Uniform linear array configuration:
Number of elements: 12
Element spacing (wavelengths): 0.75
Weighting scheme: hamming
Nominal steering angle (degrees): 30
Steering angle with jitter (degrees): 29.926
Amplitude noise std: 0.05
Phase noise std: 0.05

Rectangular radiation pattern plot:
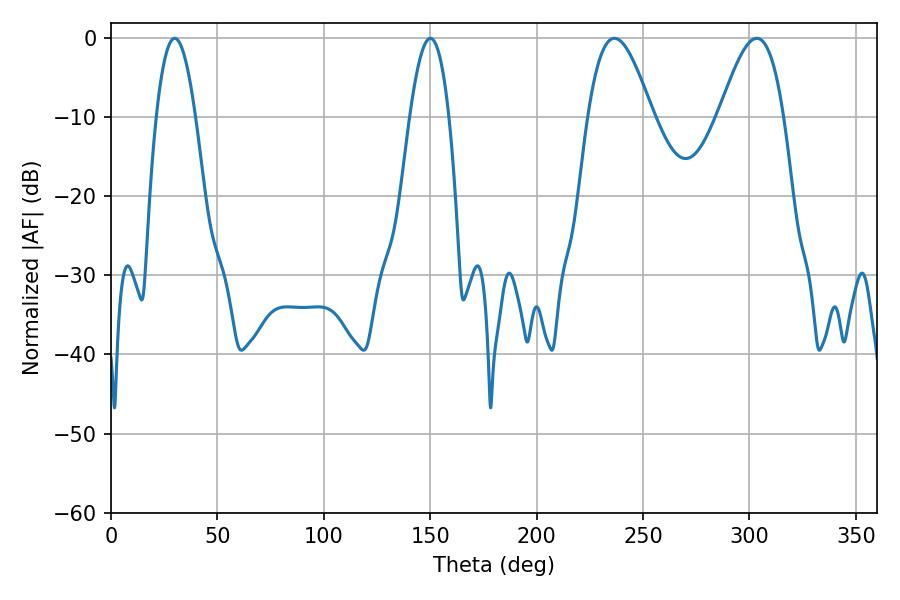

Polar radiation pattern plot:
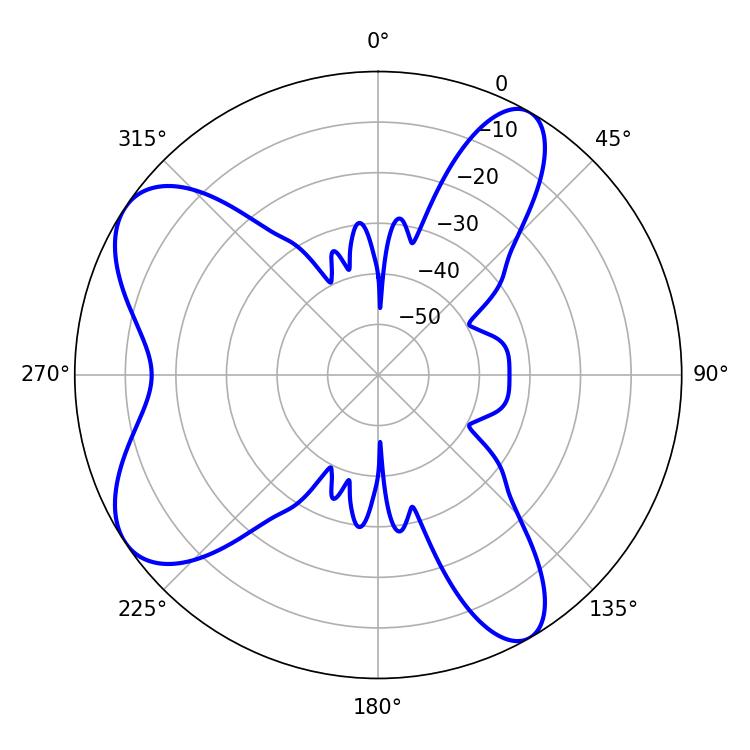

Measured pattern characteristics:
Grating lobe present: TRUE
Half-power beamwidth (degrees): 16.2
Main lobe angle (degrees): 236.52